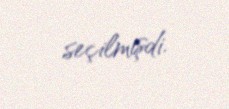
seçilmişdi.